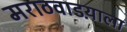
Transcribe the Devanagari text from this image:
मराठवाडय़ाला